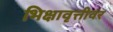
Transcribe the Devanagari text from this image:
भिक्षावृत्तीवर